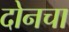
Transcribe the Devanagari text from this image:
दोनचा